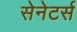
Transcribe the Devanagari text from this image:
सेनेटर्स